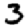
Digit: 3